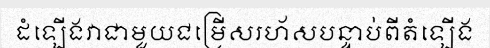
ដំឡើងវាជាមួយជម្រើសរហ័សបន្ទាប់ពីតំឡើង